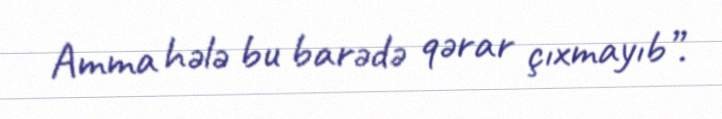
Amma hələ bu barədə qərar çıxmayıb”.